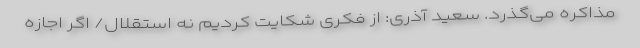
مذاکره می‌گذرد. سعید آذری: از فکری شکایت کردیم نه استقلال/ اگر اجازه